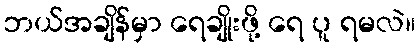
ဘယ်အချိန်မှာ ရေချိုးဖို့ ရေ ပူ ရမလဲ။